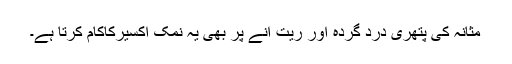
مثانہ کی پتھری درد گردہ اور ریت آنے پر بھی یہ نمک اکسیرکاکام کرتا ہے۔